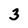
Character: 3